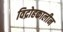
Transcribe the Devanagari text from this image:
विद्रोहकालीन